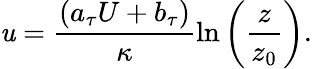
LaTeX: \mathit{u}=\frac{{\left(a_{\tau}U+b_{\tau}\right)}}{{\kappa}}\ln{\left(\frac{{z}}{{z_{0}}}\right)}.